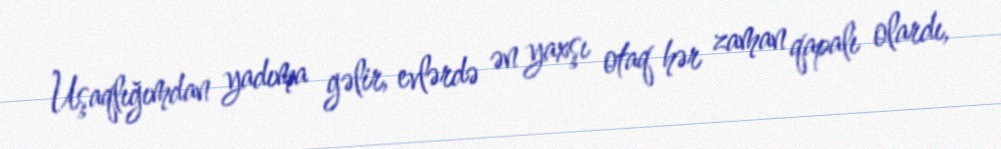
Uşaqlığımdan yadıma gəlir, evlərdə ən yaxşı otaq hər zaman qapalı olardı,